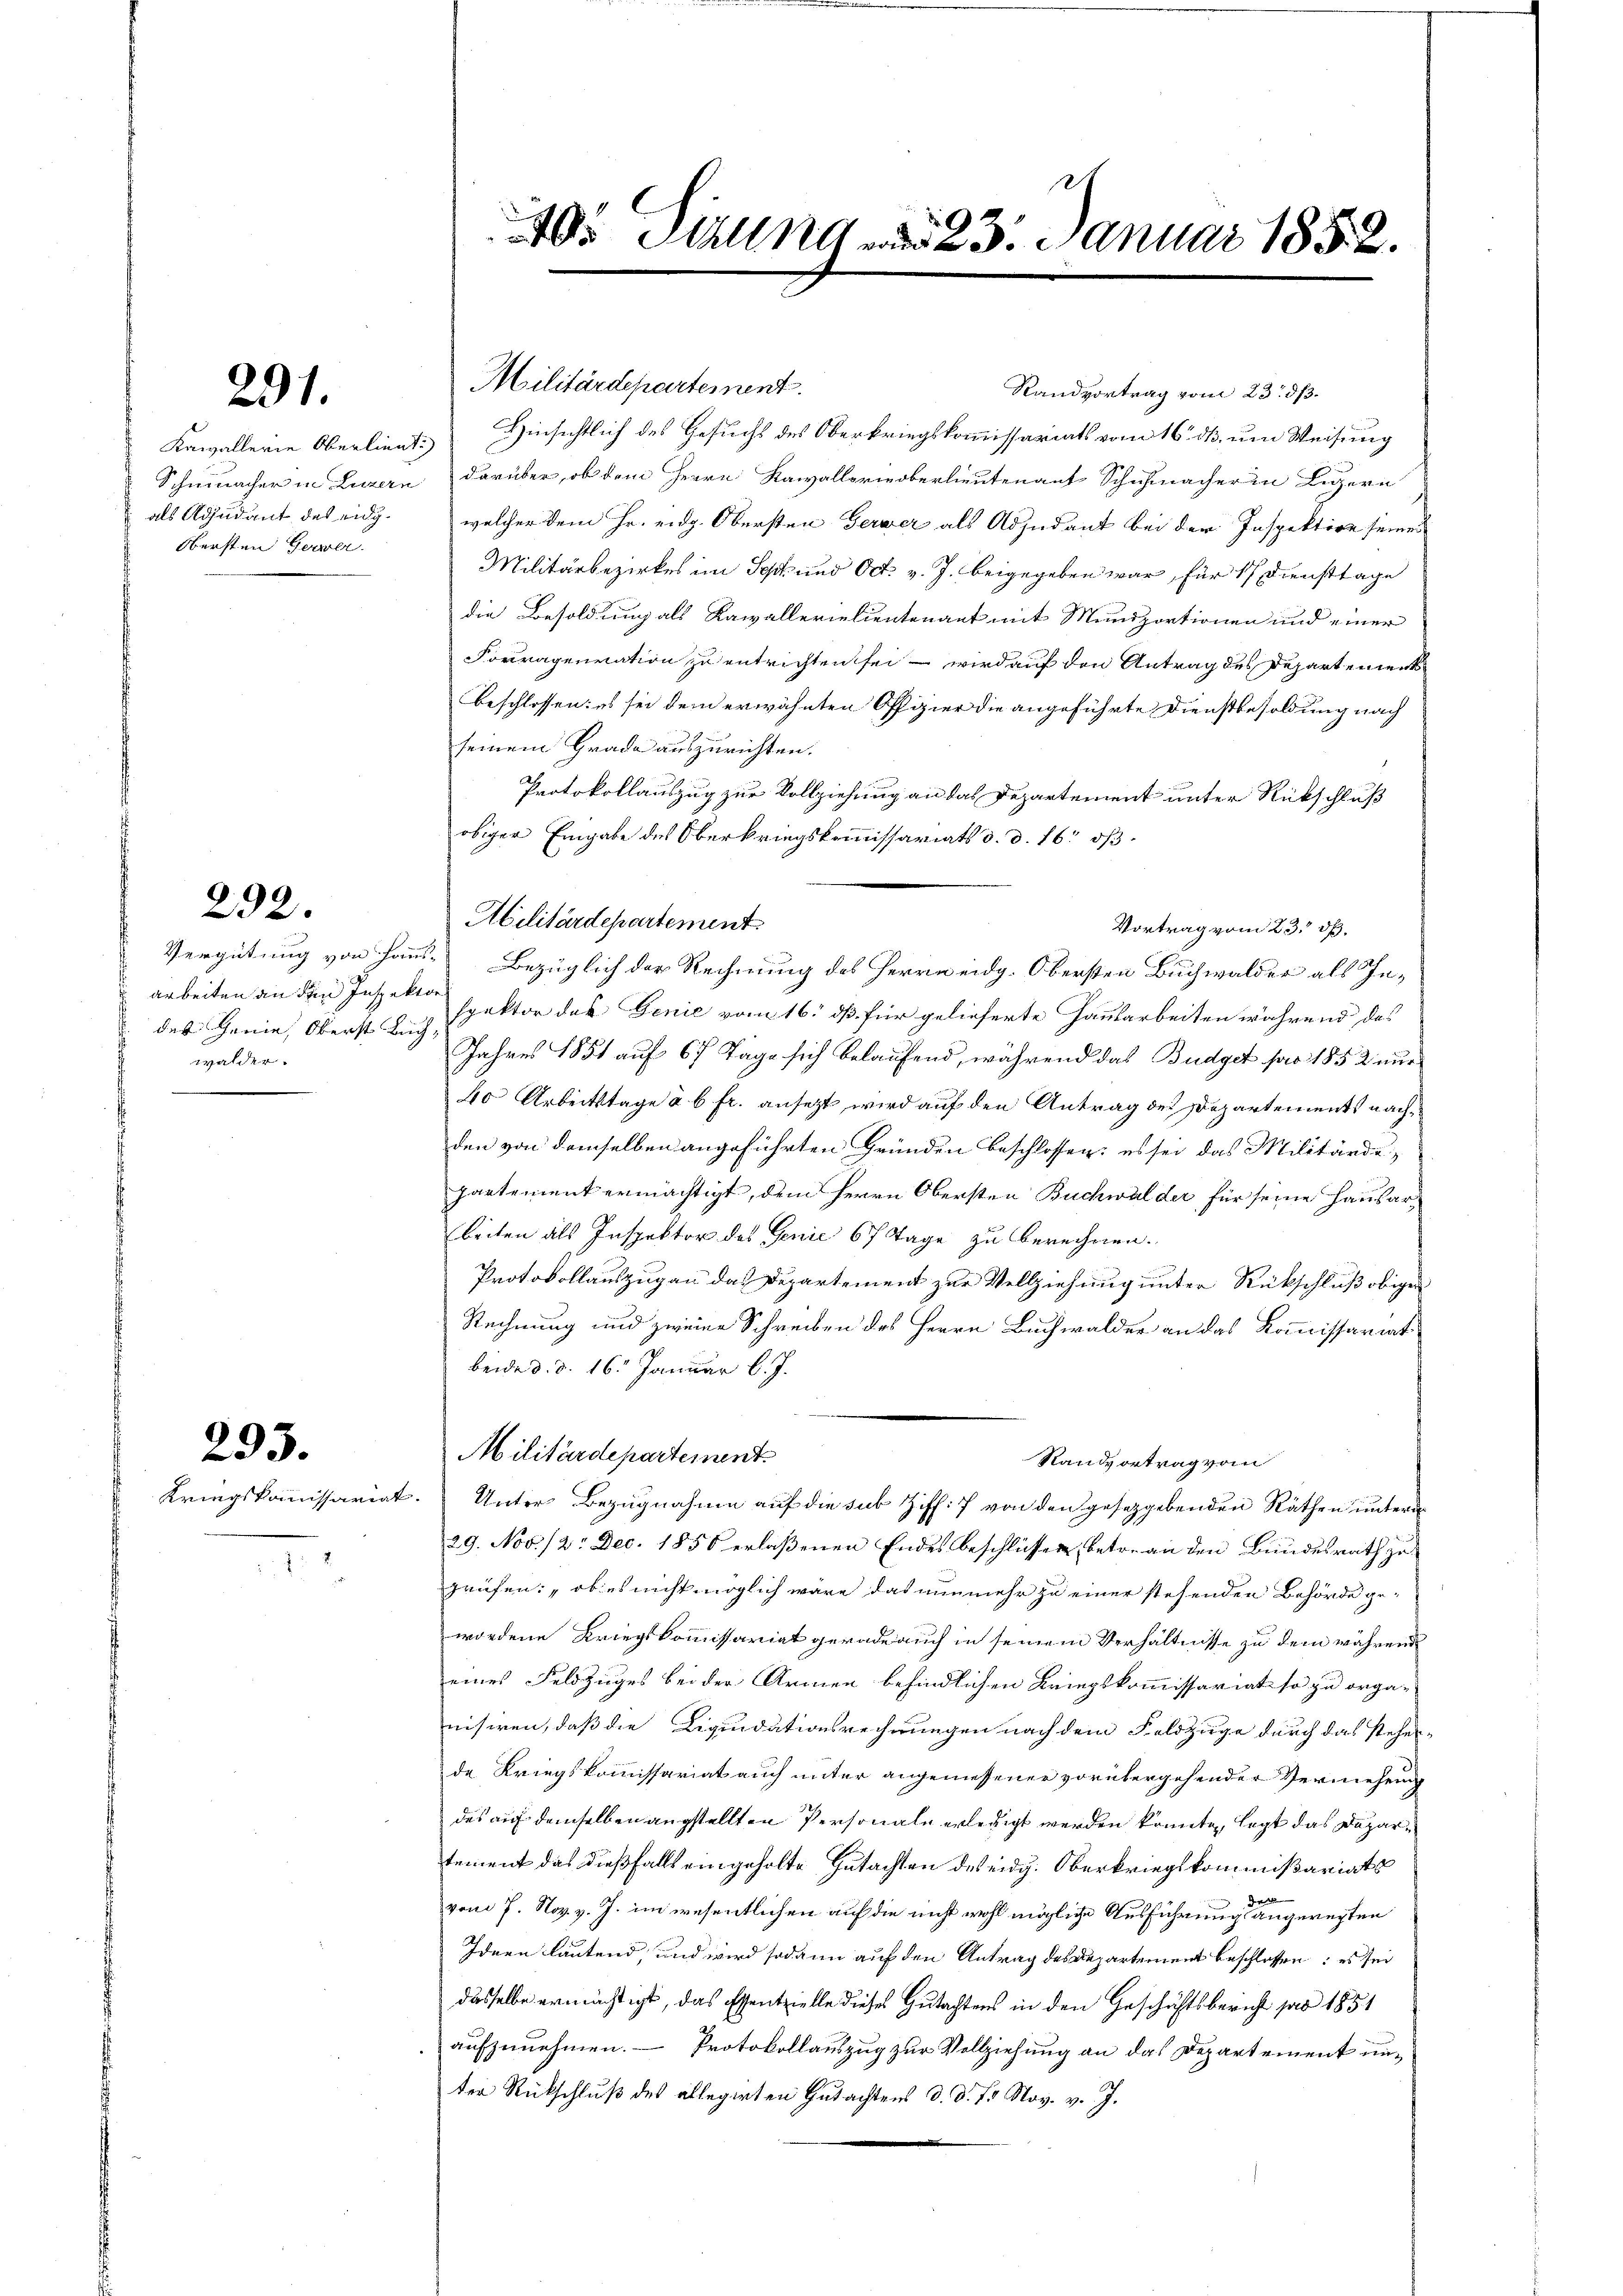
291.

als Adjudant des eidg.
Obersten Gerwer

292.

arbeiten an den Inspektor
des Genie, Oberst Buch-
walder.

293.

Kriegskommissariat

Militärdepartement.
Randvortrag vom 23. ds.
Kawallerie Oberlieut. Hinsichtlich des Gesuchs des Oberkriegskommissariats vom 16. ds. um Weisung
Schmacher in Luzern darüber, ob dem Herrn Kavallorieoberlieutenauf Schuhmacher in Luzern
welcher dem Hr. eidg. Obersten Gerwer als Adjudant bei der Inspektion seines
Militärbezirkes im Sept und Oct. v. J. beigegeben war, für 17. Diensttage
die Besoldung als Kavallerielientenant mit Muniportionen und einer
Forragenration zu entrichten sei – wird auf den Antrag des Departements
beschlossen: es sei dem erwähnten Offizier die angeführte Dienstbesoldung nach
seinem Grade auszurichten.
Protokollauszug zur Vollziehung an das Departement unter Rückschluß
obiger Eingabe des Oberkriegskommissariats d. d. 16. ds.
Abilitärdepartement
Vortrag vom 23. dß.
Vergütung von Hans Bezüglich der Rechnung des Herrn eidg. Obersten Buchwalder als Inspektor das Genie vom 16. ds für gelieferte Hausarbeiten während das
Jahres 1851 auf 67 Tage sich belaufend, während das Budget par 1852 nur
40 Arbeitstage à 6 fr. ansetzt wird auf den Antrag des Departements nachden von demselben angeführten Gründen beschlossen: es sei das Militärde-
partement ermächtigt, dem Herrn Obersten Buchwalder für seine Hausar-
beiten als Inspektor des Genie 67 Tage zu berechnen.
Protokollauszug an das Departement zur Vollziehung unter Rückschluß obigen
Rechnung und zweine Schreiben des Herrn Buchwalder an das Kommissariat
beide d. d. 16. Januar l. J.
Militärdepartement
Randvortrag vom
3. Unter Bezugnahme auf die sub Ziff. 7 von den gesetzgebenden Räthen unterm
29. Nov. 12. Dec. 1856 erlaßenen Endes beschlüssen, betr. an den Bundesrath zu
prüfen: „ob es nicht möglich wäre das nunmehr zu einer stehenden Behörde ge-
wordene Kriegskommissariat gerade auch in seinem Verhältnisse zu dem während
eines Feldzuges bei der Armen befindlichen Kriegskommissariat so zu orga-
nisiren, daß die Liquidationsrechnungen nach dem Feldzüge durch das steher-
de Kriegskommissariat auch unter angemessener vorübergehender Vermehrung
des auf demselben augstellten Personale erledigt werden könnte, legt das Departement das dießfalls eingeholte Gutachten des eidg. Oberkriegskommißariats
u
d
vom 7. Nov. v. J. im wesentlichen auf die nicht wohl mögliche Ausführung angeregten
Ideen lautend, und wird sodann auf den Antrag des Departement beschlossen: es sei
dasselbe ermächtigt, das Essentzielle dieses Gutachtens in den Geschichtsbericht par 1851
aufzunehmen. — Protokollauszug zur Vollziehung an das Departement unter Rückschluß des allegirten Gutachtens d. d. 7. Nov. v. J.

et
 Sirung d. 23. Januar 1852.